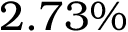
2 . 7 3 \%